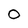
Character: 0